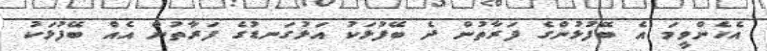
އެހެންވީމަ އެ ބޭފުޅުންގެ ފަރާތުން ދެ ބޭފުޅަކު އަޅުގަނޑުގެ ފަރާތުން އެއް ބޭފުޅަކު